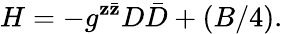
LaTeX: H=-g^{\mathbf{z}\bar{{\mathbf{z}}}}D\bar{{D}}+(B/4).